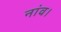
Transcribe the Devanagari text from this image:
नांव।